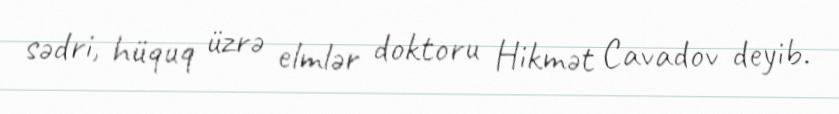
sədri, hüquq üzrə elmlər doktoru Hikmət Cavadov deyib.